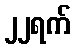
၂၂ရက်